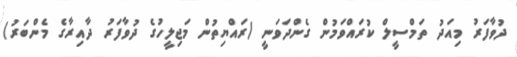
ދުވާފަރު މިއަދު ތަމްސީލް ކުރައްވަމުން ގެންދަވަނީ (ރައްޔިތުން މަޖިލީހުގެ ދުވާފަރު ދާއިރާގެ މެންބަރު)